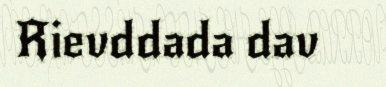
Rievddada dav